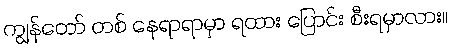
ကျွန်တော် တစ် နေရာရာမှာ ရထား ပြောင်း စီးရမှာလား။